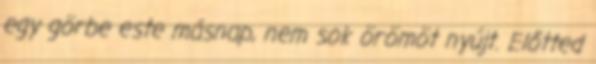
egy görbe este másnap, nem sok örömöt nyújt. Előtted